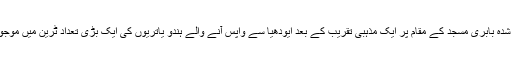
مسمار شدہ بابری مسجد کے مقام پر ایک مذہبی تقریب کے بعد ایودھیا سے واپس آنے والے ہندو یاتریوں کی ایک بڑی تعداد ٹرین میں موجود تھی۔